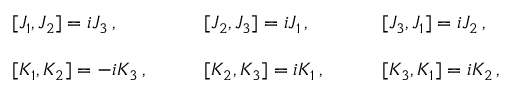
\begin{array} { l l l } { { { } [ J _ { 1 } , J _ { 2 } ] = i J _ { 3 } \, , ~ ~ ~ } } & { { ~ ~ ~ { } [ J _ { 2 } , J _ { 3 } ] = i J _ { 1 } \, , ~ ~ ~ } } & { { ~ ~ ~ { } [ J _ { 3 } , J _ { 1 } ] = i J _ { 2 } \, , } } \\ { { { } } } & { { { } } } & { { { } } } \\ { { { } [ K _ { 1 } , K _ { 2 } ] = - i K _ { 3 } \, , ~ ~ ~ } } & { { ~ ~ ~ { } [ K _ { 2 } , K _ { 3 } ] = i K _ { 1 } \, , ~ ~ ~ } } & { { ~ ~ ~ { } [ K _ { 3 } , K _ { 1 } ] = i K _ { 2 } \, , } } \end{array}